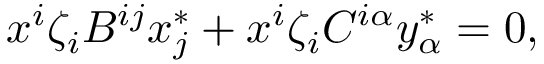
x ^ { i } \zeta _ { i } B ^ { i j } x _ { j } ^ { * } + x ^ { i } \zeta _ { i } C ^ { i \alpha } y _ { \alpha } ^ { * } = 0 ,